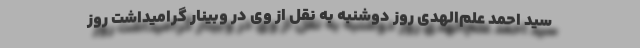
سید احمد علم‌الهدی روز دوشنبه به نقل از وی در وبینار گرامیداشت روز